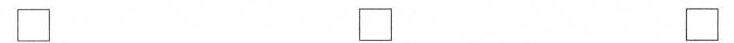
\Box \Box \Box